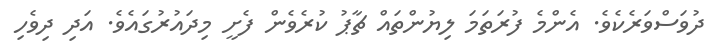
ދުވަސްވަރެކެވެ. އެންމެ ފުރަތަމަ ލިޔުންތައް ޗާޕު ކުރެވެން ފެށީ މިދައުރުގައެވެ. އަދި ދިވެހި